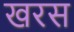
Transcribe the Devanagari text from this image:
खरस